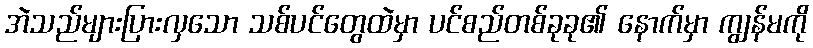
အဲသည်များပြားလှသော သစ်ပင်တွေထဲမှာ ပင်စည်တစ်ခုခု၏ နောက်မှာ ကျွန်မကို